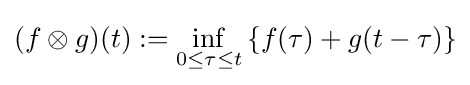
(f\otimes g)(t):=\inf _{0\leq \tau \leq t}\left\{f(\tau )+g(t-\tau )\right\}